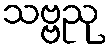
သဗ္ဗညု